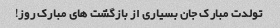
تولدت مبارک جان بسیاری از بازگشت های مبارک روز!